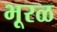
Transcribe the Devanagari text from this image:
भूरळ